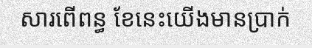
សារពើពន្ធ ខែនេះយើងមានប្រាក់